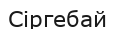
Сіргебай